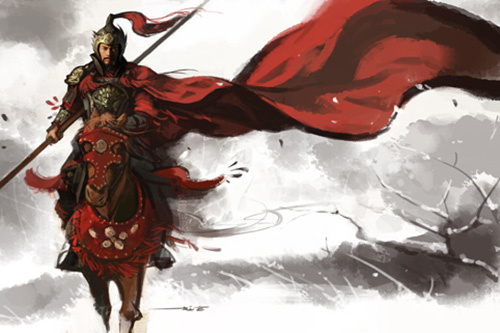
马蹀阏氏血，旗袅可汗头。